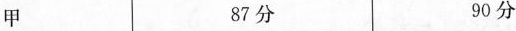
甲87分90分